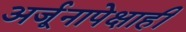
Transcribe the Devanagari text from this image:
अर्जूनापेक्षाही